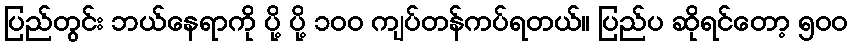
ပြည်တွင်း ဘယ်နေရာကို ပို့ ပို့ ၁၀၀ ကျပ်တန်ကပ်ရတယ်။ ပြည်ပ ဆိုရင်တော့ ၅၀၀